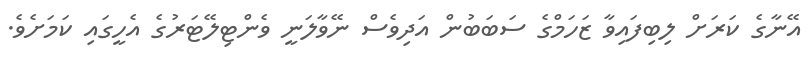
އޭނާގެ ކަރަށް ލިބިފައިވާ ޒަހަމްގެ ސަބަބުން އަދިވެސް ނޭވާލަނީ ވެންޓިލޭޓަރުގެ އެހީގައި ކަމަށެވެ.